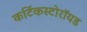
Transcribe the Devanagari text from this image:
कर्टिकस्टोरॉयड